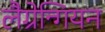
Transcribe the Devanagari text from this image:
लैग्रेन्गियन